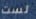
لست